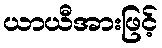
ယာယီအားဖြင့်